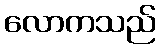
လောကသည်